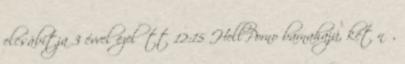
elcsábítja 3 évvel ezelőtt 12:15 HellPorno barnahajú, két nő,